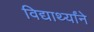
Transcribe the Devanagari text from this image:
विद्यार्थ्यांने